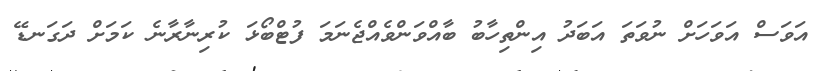
އަވަސް އަވަހަށް ނުވަތަ އަބަދު އިންތިހާބު ބާއްވަންވެއްޖެނަމަ ފުޓްބޯޅަ ކުރިނާރާނެ ކަމަށް ދަގަނޑޭ